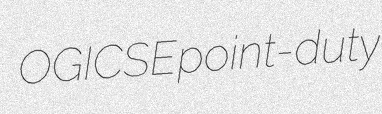
OGICSE point-duty